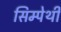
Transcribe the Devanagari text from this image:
सिम्पेथी